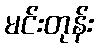
မင်းတုန်း